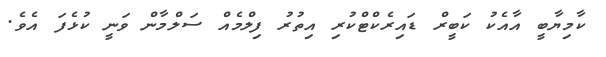
ކާމިޔާބީ އާއެކު ކަބީރް ޑައިރެކްޓްކުރި އިތުރު ފިލްމެއް ސަލްމާން ވަނީ ކުޅެފަ އެވެ.